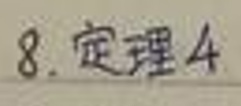
8. 定理4